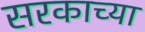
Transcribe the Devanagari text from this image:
सरकाच्या